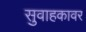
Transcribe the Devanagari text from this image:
सुवाहकावर